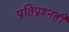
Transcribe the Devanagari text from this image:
प्रतिप्रश्‍नही